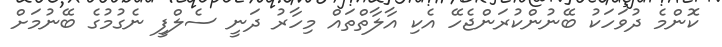
ކޮންމެ ދުވަހަކު ބޭނުންކުރަންޖެހޭ އެކި އާލާތްތައް މިހާރު ދަނީ ސެލްފީ ނެގުމުގެ ބޭނުމަށް